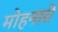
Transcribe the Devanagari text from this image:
मोहनारी